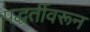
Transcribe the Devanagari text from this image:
पद्धतींवरून